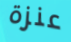
عنزة